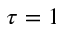
\tau = 1